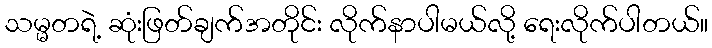
သမ္မတရဲ့ ဆုံးဖြတ်ချက်အတိုင်း လိုက်နာပါမယ်လို့ ရေးလိုက်ပါတယ်။